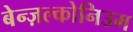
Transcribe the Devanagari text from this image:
बेन्ज़ल्कोनिउम